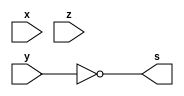
/*
 Guia_0401c.v - v0.0. - 27 / 08 / 2022
 Autor    : Gabriel Vargas Bento de Souza
 Matricula: 778023
 */

/* TRUTH TABLE */

// (x.y')'.z

/**
 expression: y'
 */
module fxy1 (output s,
            input  x, y, z);
   assign s = ~y;
endmodule // fxy1

/**
 expression: x.y' 
 */
module fxy2 (output s,
            input  x, y, z);
   assign s = x & ~y;
endmodule // fxy2

/**
 expression: (x.y')'
 */
module fxy3 (output s,
            input  x, y, z);
   assign s = ~(x & ~y);
endmodule // fxy3

/**
 expression: (x.y')'.z
 */
module fxy4 (output s,
            input  x, y, z);
   assign s = ~(x & ~y) & z;
endmodule // fxy4

/**
  Guia_0401c.v
 */
module Guia_0401c;
   reg  x, y, z;
   wire s1, s2, s3, s4;
   
   // instancias
   fxy1 FXY1 (s1, x, y, z);
   fxy2 FXY2 (s2, x, y, z);
   fxy3 FXY3 (s3, x, y, z);
   fxy4 FXY4 (s4, x, y, z);
   
   // valores iniciais
   initial begin: start
      x=1'bx; y=1'bx; z=1'bx; // indefinidos
   end

   // parte principal
   initial begin: main
      // identificacao
       $display("Gabriel Vargas Bento de Souza - 778023");
       $display("Test boolean expression");
       $display("\n01.c) (x.y')'.z\n");

       // monitoramento
       $display(" x  y  z   y'  x.y'  (x.y')'  (x.y')'.z ");
       $monitor("%2b %2b %2b %3b %3b %7b %9b", x, y, z, s1, s2, s3, s4);

       // sinalizacao
       #1 x=0; y=0; z=0;
       #1 x=0; y=0; z=1;
       #1 x=0; y=1; z=0;
       #1 x=0; y=1; z=1;
       #1 x=1; y=0; z=0;
       #1 x=1; y=0; z=1;
       #1 x=1; y=1; z=0;
       #1 x=1; y=1; z=1;
   end
endmodule // Guia_0401c